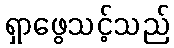
ရှာဖွေသင့်သည်